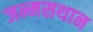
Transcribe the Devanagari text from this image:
जन्मसथान